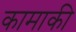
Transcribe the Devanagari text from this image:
कामाकी